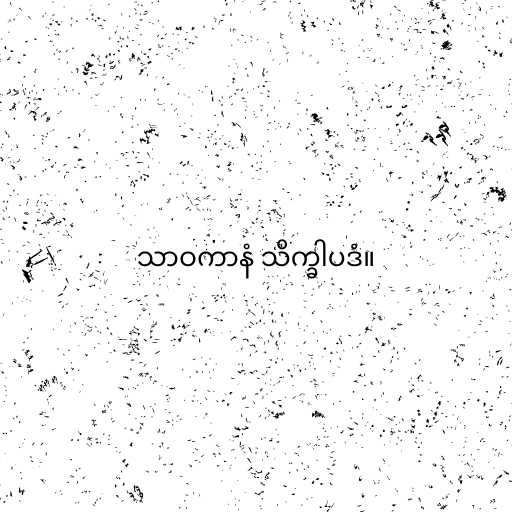
သာဝကာနံ သိက္ခါပဒံ။